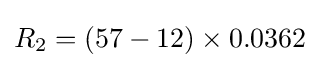
R_{2}=(57-12)\times 0.0362